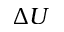
\Delta U